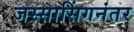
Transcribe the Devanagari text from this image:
जस्सासिंगनंतर